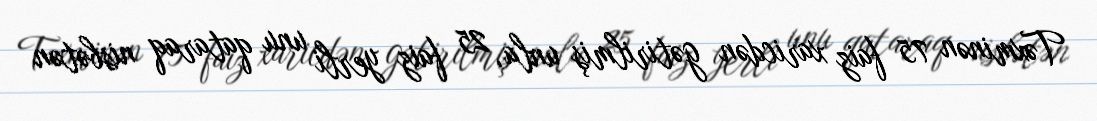
Təxminən 75 faiz xaricdən gətirilmiş unla, 25 faiz yerli unu qataraq nisbətən